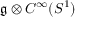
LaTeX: { \mathfrak { g } } \otimes C ^ { \infty } ( S ^ { 1 } )